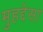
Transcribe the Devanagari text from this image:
मुहद्देसा